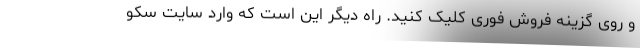
و روی گزینه فروش فوری کلیک کنید. راه دیگر این است که وارد سایت سکو